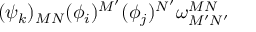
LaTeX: ( \psi _ { k } ) _ { M N } ( \phi _ { i } ) ^ { M ^ { \prime } } ( \phi _ { j } ) ^ { N ^ { \prime } } \omega _ { M ^ { \prime } N ^ { \prime } } ^ { M N }